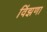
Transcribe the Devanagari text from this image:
विंझणा